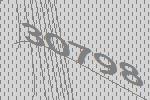
30798